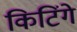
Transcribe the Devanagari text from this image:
किटिंगे